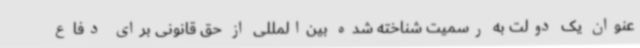
عنوان یک دولت به رسمیت شناخته شده بین‌المللی از حق قانونی برای دفاع